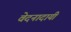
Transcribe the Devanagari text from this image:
वेदनादायी